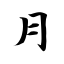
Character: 月